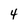
Character: 4